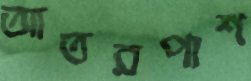
আতরপাশ